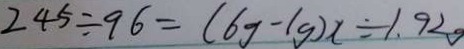
2 4 5 \div 9 6 = ( 6 g - 1 g ) x \div 1 . 9 2 g